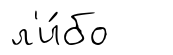
л'и́бо